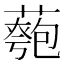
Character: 𦾀